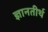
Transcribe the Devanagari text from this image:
ज्ञानतीर्थ